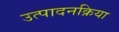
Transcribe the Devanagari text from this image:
उत्पादनक्रिया